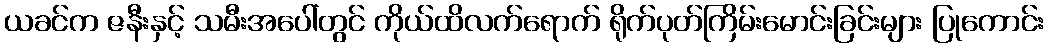
ယခင်က ဇနီးနှင့် သမီးအပေါ်တွင် ကိုယ်ထိလက်ရောက် ရိုက်ပုတ်ကြိမ်းမောင်းခြင်းများ ပြုကောင်း